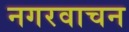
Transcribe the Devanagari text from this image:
नगरवाचन